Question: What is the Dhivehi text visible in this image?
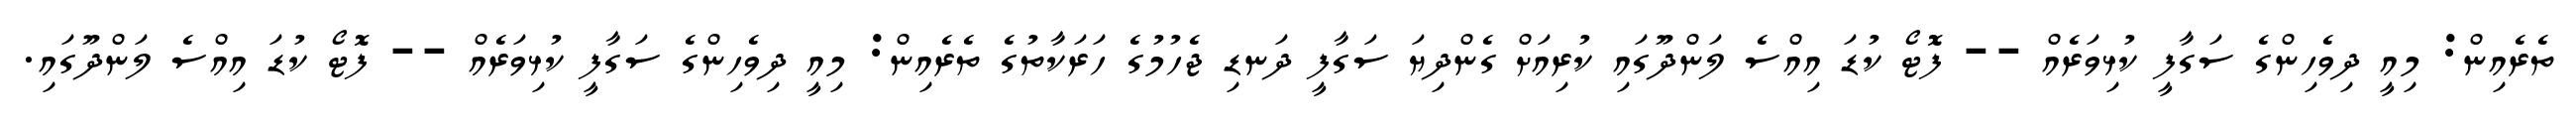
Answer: ތެރެއިން: މިއީ ދިވެހިންގެ ސަގާފީ ކުޅިވަރެއް -- ފޮޓޯ ކުޑަ އިއްސެ ލަންދޫގައި ކުރިއަށް ގެންދިޔަ ސަގާފީ ދަނޑި ޖެހުމުގެ ހަރަކާތުގެ ތެރެއިން: މިއީ ދިވެހިންގެ ސަގާފީ ކުޅިވަރެއް -- ފޮޓޯ ކުޑަ އިއްސެ ލަންދޫގައި.